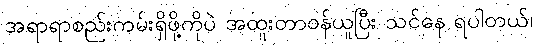
အရာရာစည်းကမ်းရှိဖို့ကိုပဲ အထူးတာဝန်ယူပြီး သင်နေ ရပါတယ်၊